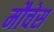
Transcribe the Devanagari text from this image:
मौचेस